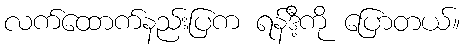
လက်ထောက်နည်းပြက ရန်ဒီ့ကို ပြောတယ်။